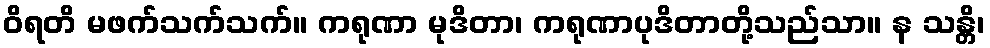
ဝိရတိ မဖက်သက်သက်။ ကရုဏာ မုဒိတာ၊ ကရုဏာပုဒိတာတို့သည်သာ။ န သန္တိ၊